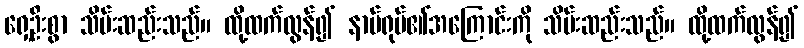
ရှေ့ဦးစွာ သိမ်းဆည်းသည်။ ထို့ထက်လွန်၍ နာမ်ရုပ်၏အကြောင်းကို သိမ်းဆည်းသည်။ ထို့ထက်လွန်၍